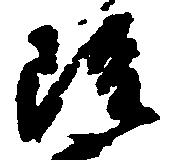
雖